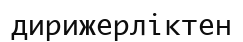
дирижерліктен